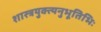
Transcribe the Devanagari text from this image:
शास्त्रयुक्त्यनुभूतिभिः